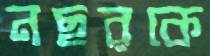
নছরকে